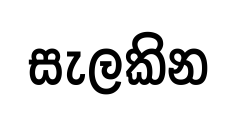
සැලකින